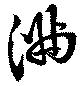
満